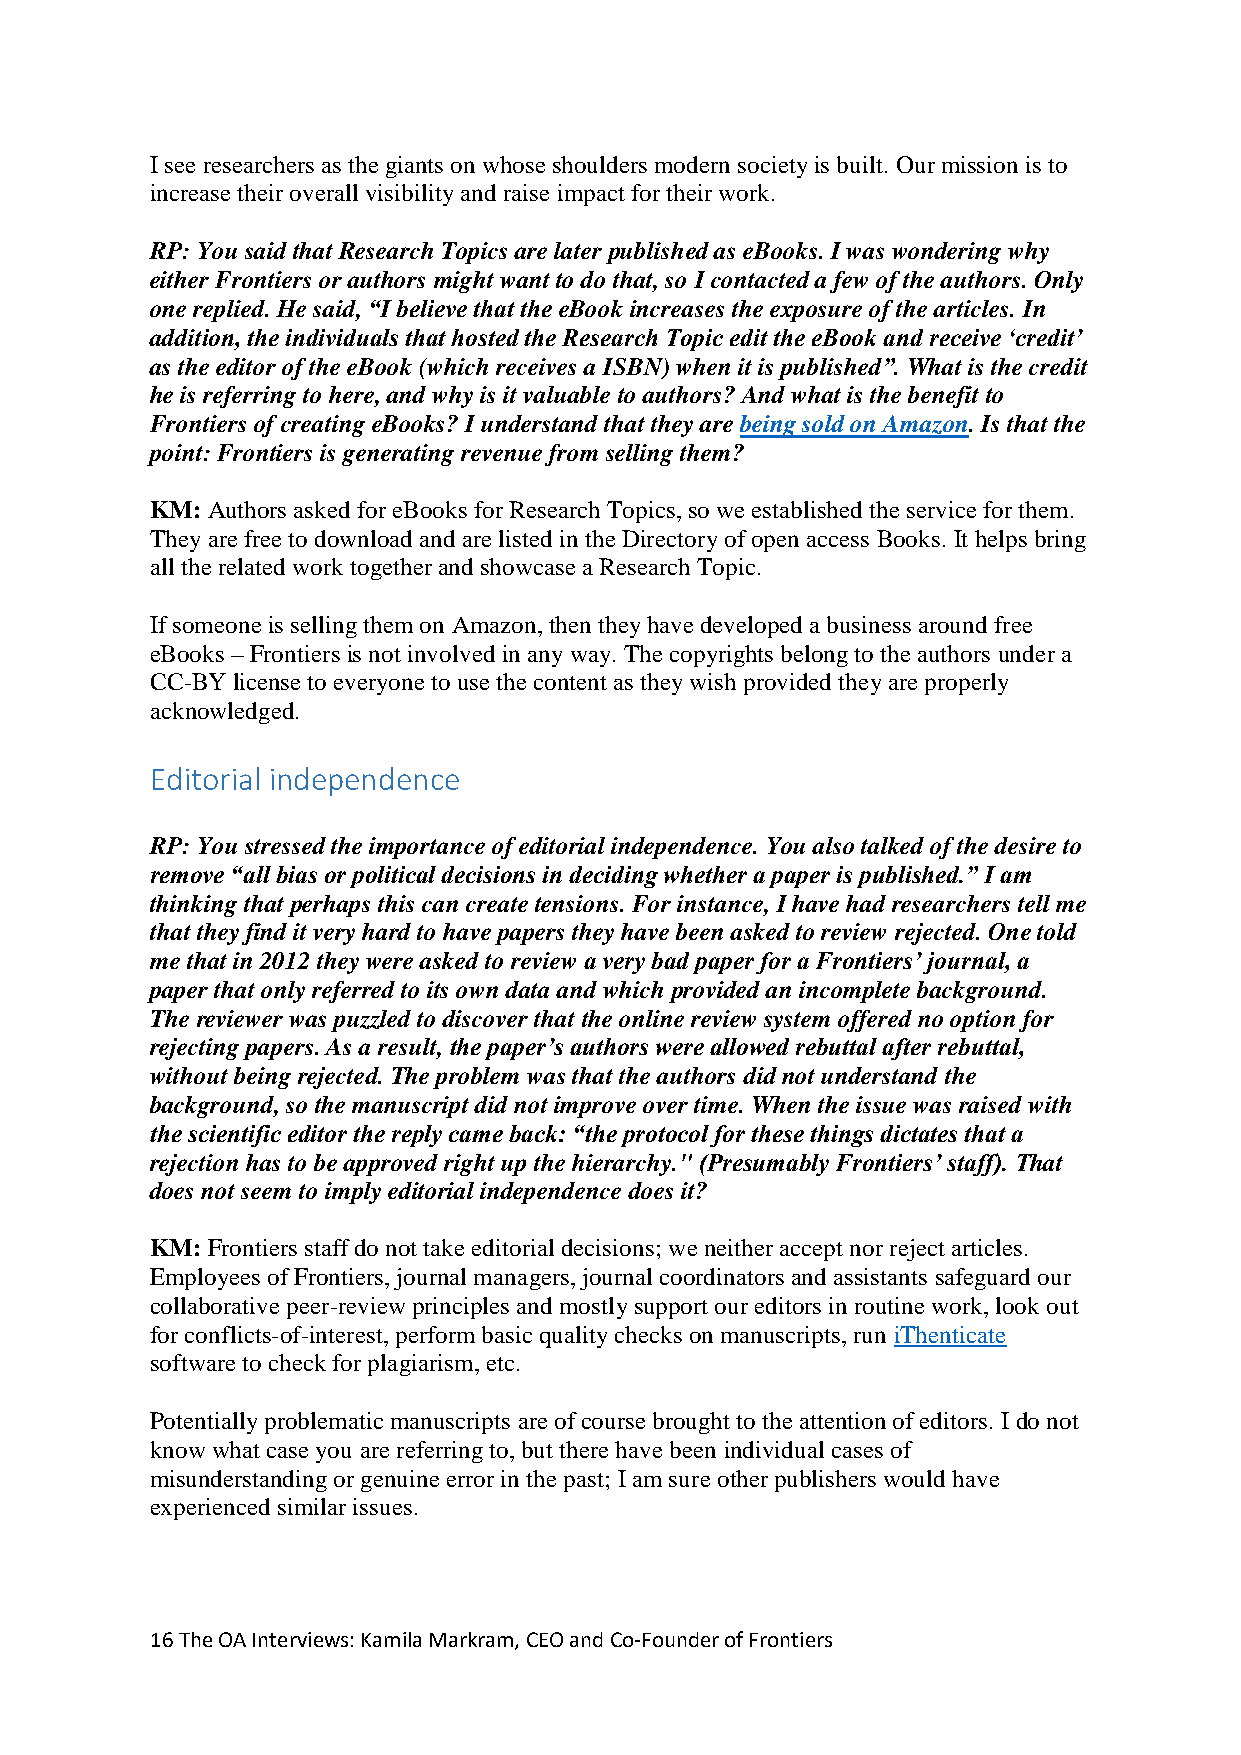
I see researchers as the giants on whose shoulders modern society is built. Our mission is to
 increase their overall visibility and raise impact for their work.
 RP: You said that Research Topics are later published as eBooks. I was wondering why
 either Frontiers or authors might want to do that, so I contacted a few of the authors. Only
 one replied. He said, “I believe that the eBook increases the exposure of the articles. In
 addition, the individuals that hosted the Research Topic edit the eBook and receive ‘credit’
 as the editor of the eBook (which receives a ISBN) when it is published”. What is the credit
 he is referring to here, and why is it valuable to authors? And what is the benefit to
 Frontiers of creating eBooks? I understand that they are being sold on Amazon. Is that the
 point: Frontiers is generating revenue from selling them?
 KM: Authors asked for eBooks for Research Topics, so we established the service for them.
 They are free to download and are listed in the Directory of open access Books. It helps bring
 all the related work together and showcase a Research Topic.
 If someone is selling them on Amazon, then they have developed a business around free
 eBooks – Frontiers is not involved in any way. The copyrights belong to the authors under a
 CC-BY license to everyone to use the content as they wish provided they are properly
 acknowledged.
 Editorial independence
 RP: You stressed the importance of editorial independence. You also talked of the desire to
 remove “all bias or political decisions in deciding whether a paper is published.” I am
 thinking that perhaps this can create tensions. For instance, I have had researchers tell me
 that they find it very hard to have papers they have been asked to review rejected. One told
 me that in 2012 they were asked to review a very bad paper for a Frontiers’ journal, a
 paper that only referred to its own data and which provided an incomplete background.
 The reviewer was puzzled to discover that the online review system offered no option for
 rejecting papers. As a result, the paper’s authors were allowed rebuttal after rebuttal,
 without being rejected. The problem was that the authors did not understand the
 background, so the manuscript did not improve over time. When the issue was raised with
 the scientific editor the reply came back: “the protocol for these things dictates that a
 rejection has to be approved right up the hierarchy." (Presumably Frontiers’ staff). That
 does not seem to imply editorial independence does it?
 KM: Frontiers staff do not take editorial decisions; we neither accept nor reject articles.
 Employees of Frontiers, journal managers, journal coordinators and assistants safeguard our
 collaborative peer-review principles and mostly support our editors in routine work, look out
 for conflicts-of-interest, perform basic quality checks on manuscripts, run iThenticate
 software to check for plagiarism, etc.
 Potentially problematic manuscripts are of course brought to the attention of editors. I do not
 know what case you are referring to, but there have been individual cases of
 misunderstanding or genuine error in the past; I am sure other publishers would have
 experienced similar issues.
 16 The OA Interviews: Kamila Markram, CEO and Co-Founder of Frontiers